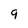
Character: 9